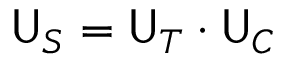
{ \sf U } _ { S } = { \sf U } _ { T } \cdot { \sf U } _ { C }